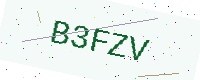
Text: B3FZV